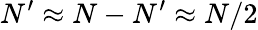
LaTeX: N^{\prime}\approx N-N^{\prime}\approx N/2